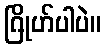
ဂြိုဟ်ပါပဲ။